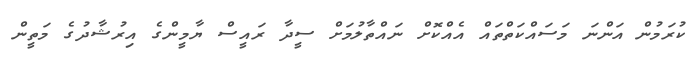
ކުރަމުން އަންނަ މަސައްކަތްތައް އެއްކޮށް ނައްތާލުމަށް ސީދާ ރައީސް ޔާމީންގެ އިރުޝާދުގެ މަތީން